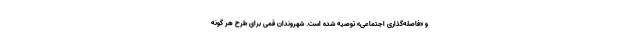
و «فاصله‌گذاری اجتماعی» توصیه شده است. شهروندان قمی برای طرح هر گونه